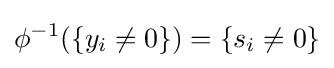
\phi ^{-1}(\{y_{i}\neq 0\})=\{s_{i}\neq 0\}